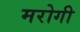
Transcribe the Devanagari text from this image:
मरोगी